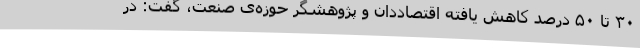
۳۰ تا ۵۰ درصد کاهش یافته اقتصاددان و پژوهشگر حوزه‌ی صنعت، گفت: در